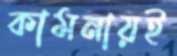
কামনায়ই